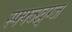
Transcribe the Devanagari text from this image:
स्फ्फ्ज्ख्ग्ज